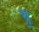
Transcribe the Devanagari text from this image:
ध़॒